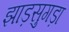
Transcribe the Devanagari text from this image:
झाड़सुगड़ा